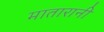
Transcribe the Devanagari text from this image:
मातारानी